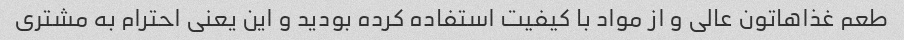
طعم غذاهاتون عالی و از مواد با کیفیت استفاده کرده بودید و این یعنی احترام به مشتری